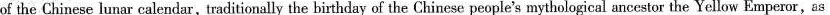
of the Chinese lunar calendar, traditionally the birthday of the Chinese people's mythological ancestor the Yellow Emperor,as